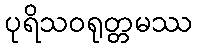
ပုရိသဝရုတ္တမဿ